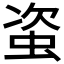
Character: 𧊒